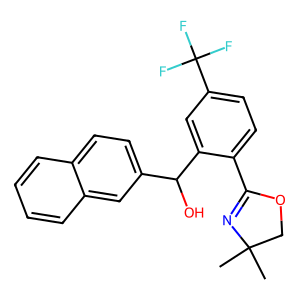
SMILES: CC1(C)COC(c2ccc(C(F)(F)F)cc2C(O)c2ccc3ccccc3c2)=N1
Inhibits HIV replication: No